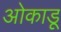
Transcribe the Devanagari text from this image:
ओकाडू